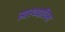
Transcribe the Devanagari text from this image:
सारथ्याविना